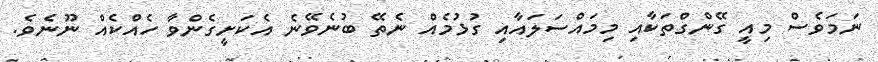
ނަމަވެސް މިއީ ގޭންގްތަކާއި މިމައްސަލައާއި ގުޅުމެއް ނެތޭ ބުނެވޭނެ އެކަށީގެންވާ ހެއްކެއް ނޫނެވެ.